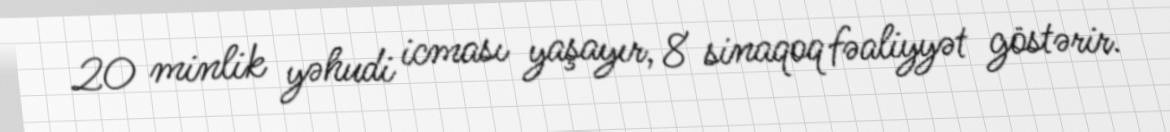
20 minlik yəhudi icması yaşayır, 8 sinaqoq fəaliyyət göstərir.